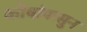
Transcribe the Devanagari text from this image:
कोषांपासुन